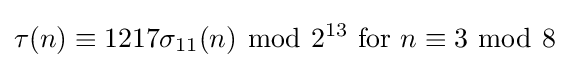
\tau (n)\equiv 1217\sigma _{11}(n)\ {\bmod {\ }}2^{13}{\text{ for }}n\equiv 3\ {\bmod {\ }}8